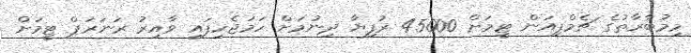
މިމުބާރާތުގެ ޗެމްޕިއަން ޓީމަށް 45000 ރުފިޔާ ދިނުމަށް ހަމަޖެހިފައި ވާއިރު ރަނަރަޕް ޓީމަށް